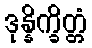
ဒုန္နိက္ခိတ္တံ